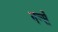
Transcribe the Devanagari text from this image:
गर्न्से